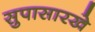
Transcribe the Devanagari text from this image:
सुपासारखे